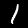
Label: 1